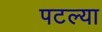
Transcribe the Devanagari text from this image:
पटल्या